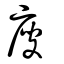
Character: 廋